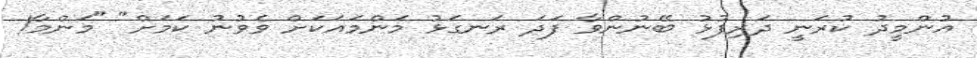
އުންމީދު ކުރަނީ ދަރިފުޅު ބޭނުންވާ ފަދަ ރަނގަޅު މަންމައަކަށް ވެވުނު ކަމަށް" "މަންމާ!